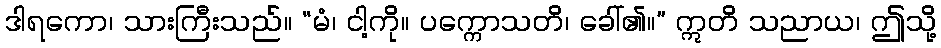
ဒါရကော၊ သားကြီးသည်။ “မံ၊ ငါ့ကို။ ပက္ကောသတိ၊ ခေါ်၏။” ဣတိ သညာယ၊ ဤသို့